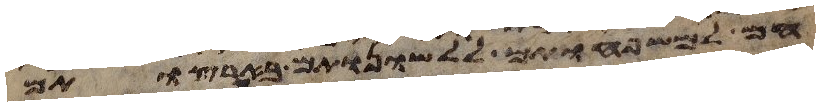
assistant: חם למשפחותם ללשנותם בארצותם